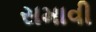
સમાવી